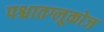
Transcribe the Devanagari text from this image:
पश्चातग्लूकोज